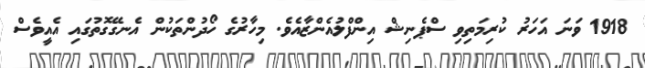
1918 ވަނަ އަހަރު ކުރިމަތިވި ސްޕެނިޝް އިންފްލުއެންޒާއެވެ. މިހާރުގެ ހޯދުންތަކުން އެނގޭގޮތުގައި އެއީވެސް